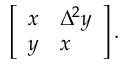
\left[ \begin{array} { l l } { x } & { \Delta ^ { 2 } y } \\ { y } & { x } \end{array} \right] .